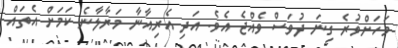
މަހަށްވުރެ ގިނަ ދުވަސް ވެއްޖެ އެވެ. އަދި އެރިއާނާ މަރާލާނެ ކަމަށް އެތައް